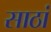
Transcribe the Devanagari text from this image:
साठां